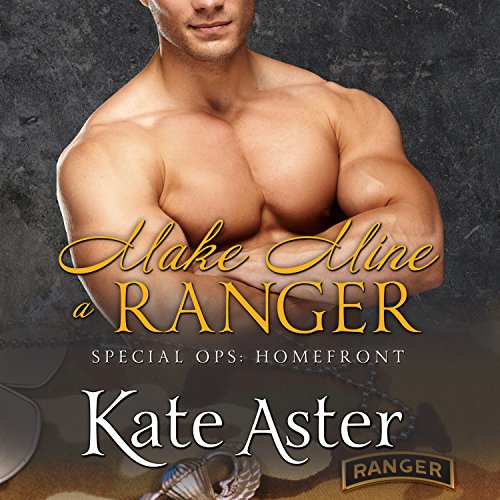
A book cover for Make Mine a Ranger: Special Ops: Homefront Series #4; Kate Aster; Romance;